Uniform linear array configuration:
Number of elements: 32
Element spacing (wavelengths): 1
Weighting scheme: uniform
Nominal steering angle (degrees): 15
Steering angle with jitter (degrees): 14.74
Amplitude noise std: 0.05
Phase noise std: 0.05

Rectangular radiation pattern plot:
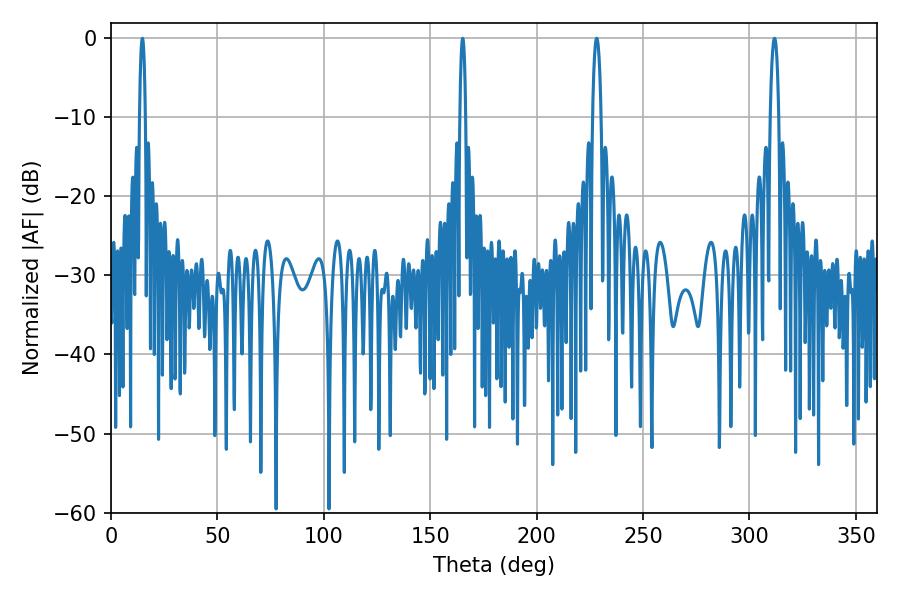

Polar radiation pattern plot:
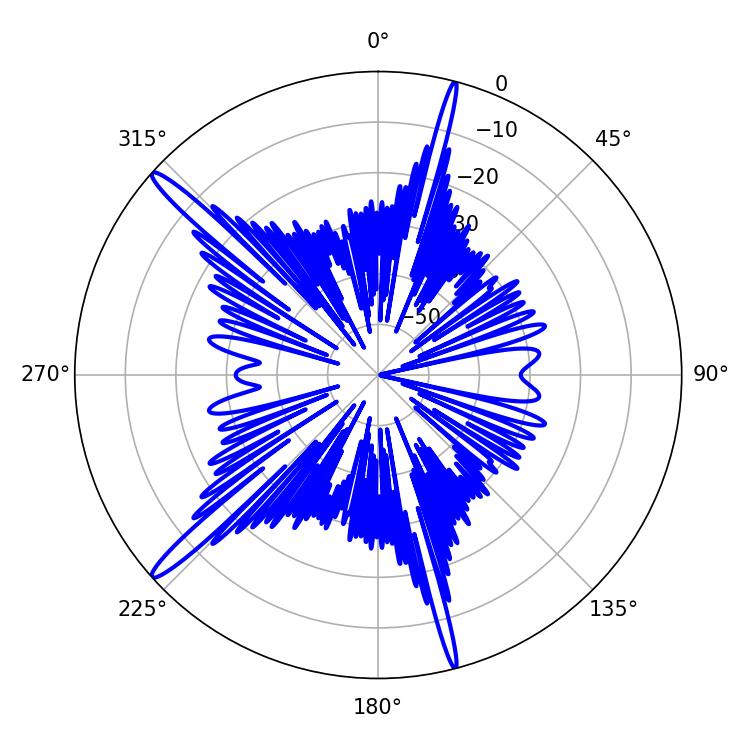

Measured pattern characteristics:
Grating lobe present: TRUE
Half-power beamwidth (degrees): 2.16
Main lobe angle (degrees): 228.24